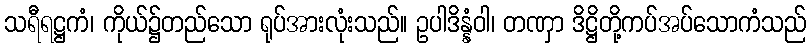
သရီရဋ္ဌကံ၊ ကိုယ်၌တည်သော ရုပ်အားလုံးသည်။ ဥပါဒိန္နံဝါ၊ တဏှာ ဒိဋ္ဌိတို့ကပ်အပ်သောကံသည်